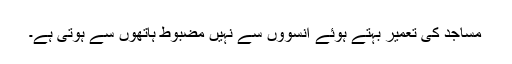
مساجد کی تعمیر بہتے ہوئے آنسوؤں سے نہیں مضبوط ہاتھوں سے ہوتی ہے۔